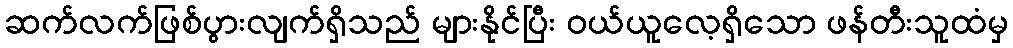
ဆက်လက်ဖြစ်ပွားလျက်ရှိသည် များနိုင်ပြီး ဝယ်ယူလေ့ရှိသော ဖန်တီးသူထံမှ